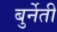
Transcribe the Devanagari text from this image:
बुर्नेती